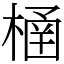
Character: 㮭